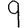
Digit: 9